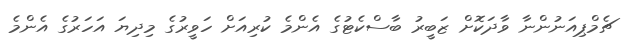
ޗެމްޕިއަނުންނާ ވާދަކޮށް ޒަބީރު ބާސްކެޓުގެ އެންމެ ކުރިއަށް ހަވީރުގެ މިދިޔަ އަހަރުގެ އެންމެ